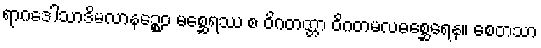
ရာဂဒေါသာဒိမလာနဉ္စေဝ မစ္ဆေရဿ စ ဝိဂတတ္တာ ဝိဂတမလမစ္ဆေရေန။ စေတသာ